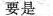
要是